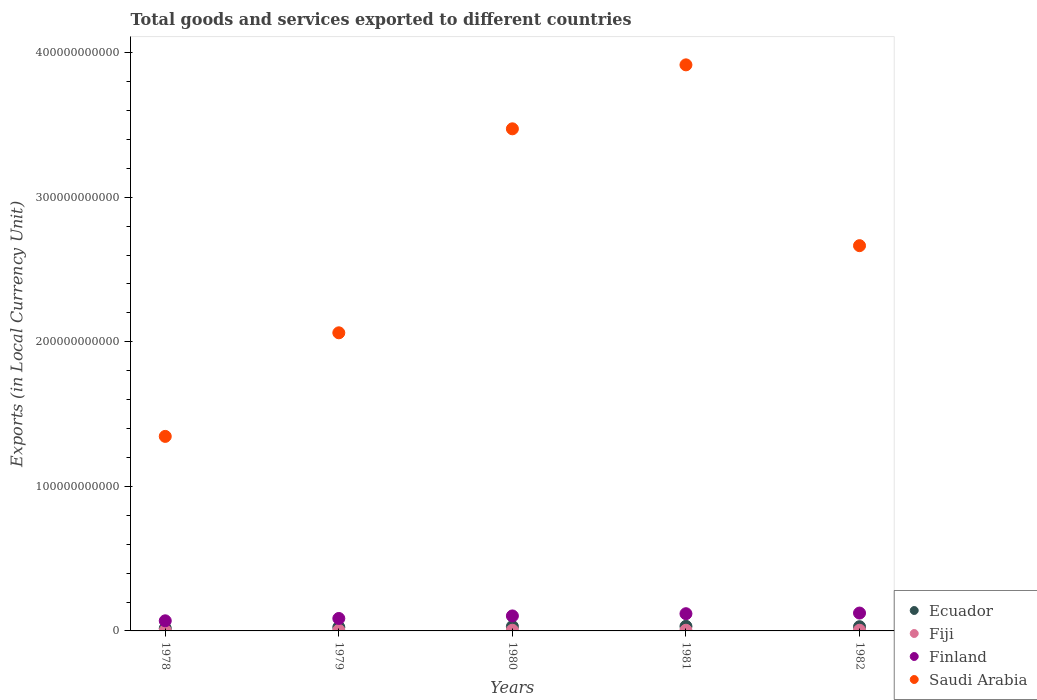
| Years | Ecuador | Fiji | Finland | Saudi Arabia |
 | --- | --- | --- | --- | --- |
 | 1978 | 1.76e+09 | 3e+08 | 7e+09 | 1.35e+11 |
 | 1979 | 2.54e+09 | 3.86e+08 | 8.62e+09 | 2.06e+11 |
 | 1980 | 3.06e+09 | 4.7e+08 | 1.04e+10 | 3.47e+11 |
 | 1981 | 3.19e+09 | 4.54e+08 | 1.19e+10 | 3.92e+11 |
 | 1982 | 2.92e+09 | 4.81e+08 | 1.24e+10 | 2.67e+11 |